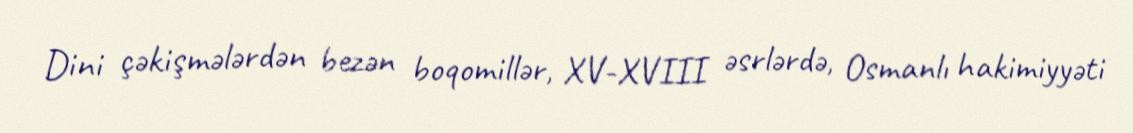
Dini çəkişmələrdən bezən boqomillər, XV-XVIII əsrlərdə, Osmanlı hakimiyyəti